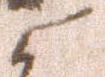
よ